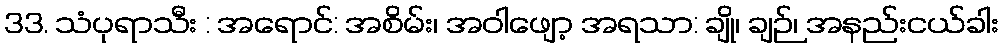
33. သံပုရာသီး : အရောင်: အစိမ်း၊ အဝါဖျော့ အရသာ: ချို၊ ချဉ်၊ အနည်းငယ်ခါး